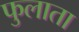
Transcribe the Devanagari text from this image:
फुलाता